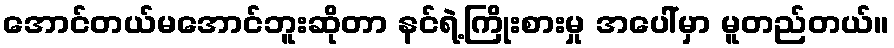
အောင်တယ်မအောင်ဘူးဆိုတာ နင်ရဲ့ကြိုးစားမှု အပေါ်မှာ မူတည်တယ်။